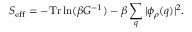
S _ { \mathrm { e f f } } = - \mathrm { T r } \ln ( \beta G ^ { - 1 } ) - \beta \sum _ { q } | \phi _ { \rho } ( q ) | ^ { 2 } .